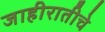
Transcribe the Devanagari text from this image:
जाहीरातीचे